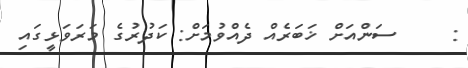
:     ސަންއަށް ޚަބަރެއް ދެއްވުމަށް: ކަދުރުގެ މަރަވަޅީގައި